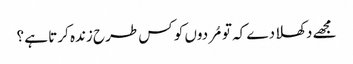
مجھے دکھلا دے کہ تو مُردوں کو کس طرح زندہ کرتا ہے ؟